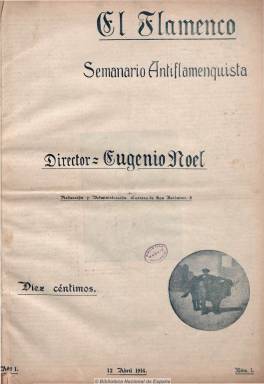
Título: El Flamenco (Madrid)
Colección: Cultura || Toros
Ámbito geográfico: Madrid
Lugar de publicación: Madrid
Fechas: 12/04/1914-26/04/1914

“Semanario antiflamenquista”, tal como reza su subtítulo, obra personal de Eugenio Noel (1885-1936), que forma parte de la campaña antitaurina que inició en diciembre de 1911 por ateneos culturales, obreros y republicanos y teatros de toda España, durante la que logró una gran popularidad y a la que dedicó toda su vida este escritor y polémico periodista de la generación del “14” y epígono de la del “98”. Según sus propias palabras, Noel puso esta revista al servicio de la cultura, a través de un lenguaje irónico y un espíritu laicista, europeo y antibelicista y contra el eclecticismo de la época, mostrando al país sus vicios sociales, que los resumía en la bestialidad que suponían las corridas de toros y la de los caballos que corrían la “suerte de varas”, por lo que propagó también las ideas protectoras de animales.

Con estilo crítico y a la vez sarcástico y ayudándose con un espectacular aparato gráfico, tanto fotográfico como de grabados, especialmente de la cultura helenística y de la obra de Ignacio Zuloaga (1870-1945), Noel continuó con esta revista su campaña antitaurina, en la que fue ayudado por el arquitecto Teodoro Anasagasti (1880-1938), con textos en prosa y en ocasiones en verso, apoyándose también con los de otros escritores que se habían pronunciado en el mismos sentido, como Jacinto Benavente (1866-1954) o Azorín (1873-1967).

Noel edito sólo tres números de su revista con este título, que incluía también anuncios comerciales, y que continuaría publicándola pero cambiándole el título. Véase: El chispero (1914).